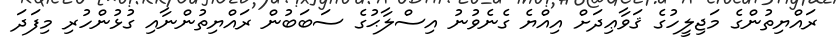
ރައްޔިތުންގެ މަޖިލީހުގެ ޤަވާޢިދަށް އިއްޔެ ގެނެވުނު އިސްލާޙުގެ ސަބަބުން ރައްޔިތުންނާއި ގުޅުންހުރި މިފަދަ